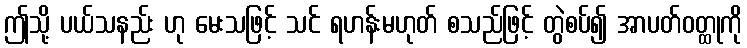
ဤသို့ ပယ်သနည်း ဟု မေးသဖြင့် သင် ရဟန်းမဟုတ် စသည်ဖြင့် တွဲစပ်၍ အာပတ်ဝတ္ထုကို